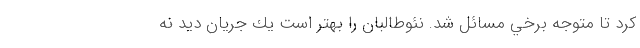
كرد تا متوجه برخي مسائل شد. نئوطالبان را بهتر است يك جريان ديد نه